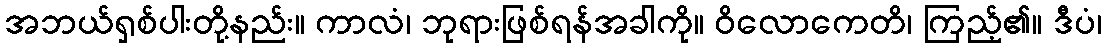
အဘယ်ရှစ်ပါးတို့နည်း။ ကာလံ၊ ဘုရားဖြစ်ရန်အခါကို။ ဝိလောကေတိ၊ ကြည့်၏။ ဒီပံ၊